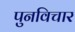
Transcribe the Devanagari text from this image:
पुनविचार